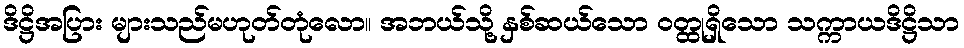
ဒိဋ္ဌိအပြား များသည်မဟုတ်တုံလော။ အဘယ်သို့ နှစ်ဆယ်သော ဝတ္ထုရှိသော သက္ကာယဒိဋ္ဌိသာ